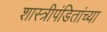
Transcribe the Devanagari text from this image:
शास्त्रीपंडितांच्या